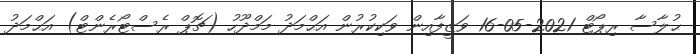
ޙުލާސާ ރިޕޯޓް 2021-05-16 ވަޒީފާއިން ވަކިކުރުން އަޙްމަދު މަމްދޫހު (ޗޮޕް ރެސްޓޯރެންޓް) އަޙްމަދު